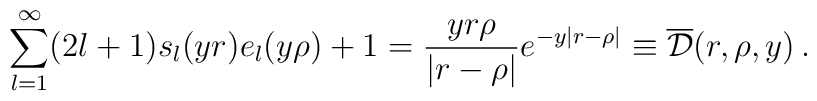
\sum_{l=1}^\infty (2l+1)s_l(yr)e_l(y\rho)+1 =\frac{yr\rho}{|r-\rho|}e^{-y|r-\rho|}\equiv \overline {\cal D}(r,\rho,y)\,{.}